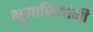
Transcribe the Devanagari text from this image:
भूमाफियांनी